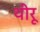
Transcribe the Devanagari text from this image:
थीरू